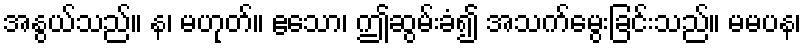
အနွယ်သည်။ န၊ မဟုတ်။ ဧသော၊ ဤဆွမ်းခံ၍ အသက်မွေးခြင်းသည်။ မမပန၊